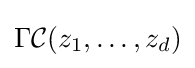
\Gamma {\mathcal {C}}(z_{1},\ldots ,z_{d})